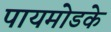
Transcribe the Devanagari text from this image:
पायमोडके